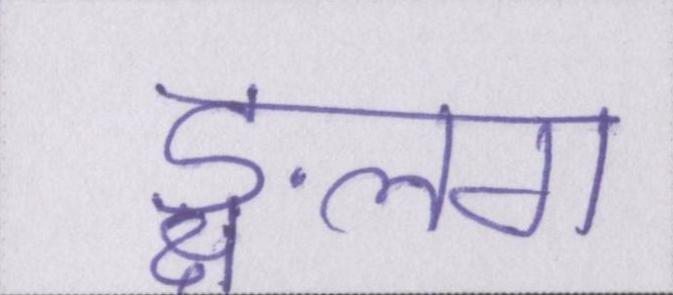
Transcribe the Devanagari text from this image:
ङ्क्षलग